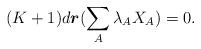
LaTeX: \begin{align*}(K+1)d\boldsymbol{r}(\sum_{A}\lambda _{A}X_{A})=0.\end{align*}